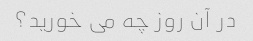
در آن روز چه می خورید؟